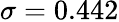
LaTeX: \sigma=0.442